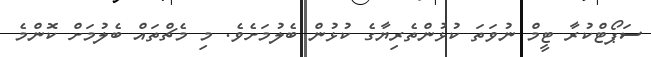
ސަޕޯޓްކުރާ ޓީމް ނުވަތަ ކުޅުންތެރިޔާގެ ކުޅުން ބެލުމަށެވެ. މި މެޗްތައް ބެލުމަށް ކޮންމެ